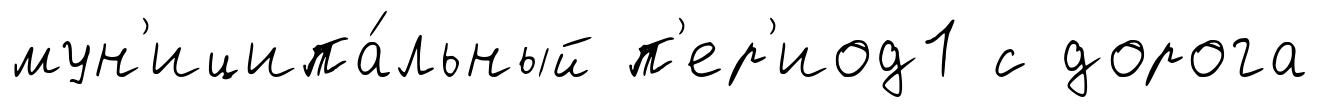
мун'иципа́льный п'ер'иод1 с дорога